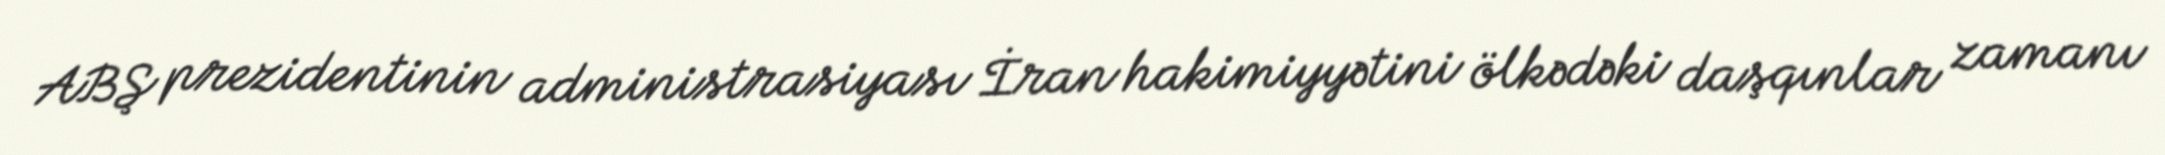
ABŞ prezidentinin administrasiyası İran hakimiyyətini ölkədəki daşqınlar zamanı